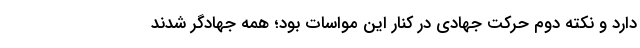
دارد و نکته دوم حرکت جهادی در کنار این مواسات بود؛ همه جهادگر شدند